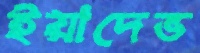
ইয়াদেভ